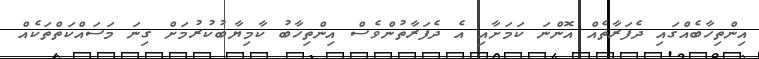
އިންތިހާބެއްގައި ދެފަރާތެއް އޮންނަ ކަމަށާއި އެ ދެފަރާތުންވެސް އިންތިހާބު ކާމިޔާބުކުރުމަށް ގިނަ މަސައްކަތްތަކެއް